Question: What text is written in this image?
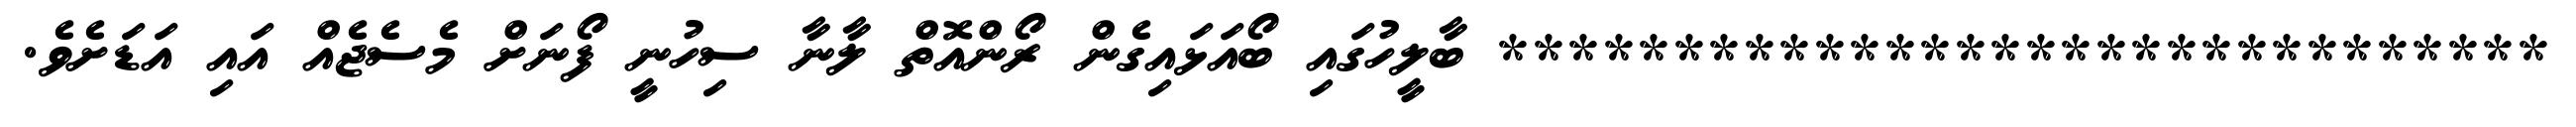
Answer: ****************************** ބާލީހުގައި ބޯއަޅައިގެން ރޯންއޮތް ލާނާ ސިހުނީ ފޯނަށް މެސެޖެއް އައި އަޑަށެވެ.